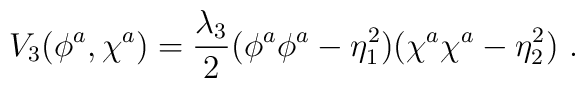
V_3(\phi^a,\chi^a)=\frac{\lambda_3}2(\phi^a\phi^a-\eta_1^2)(\chi^a\chi^a-\eta_2^2) \ .